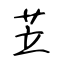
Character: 苙